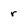
Character: r